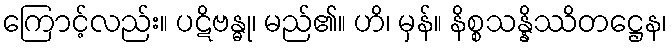
ကြောင့်လည်း။ ပဋိဗန္ဓု၊ မည်၏။ ဟိ၊ မှန်။ နိစ္စသန္နိဿိတဋ္ဌေန၊